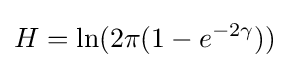
H=\ln(2\pi (1-e^{-2\gamma }))